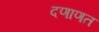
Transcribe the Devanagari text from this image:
दणाणत